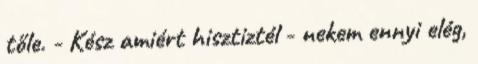
tőle. - Kész amiért hisztiztél - nekem ennyi elég,